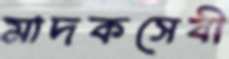
মাদকসেবী